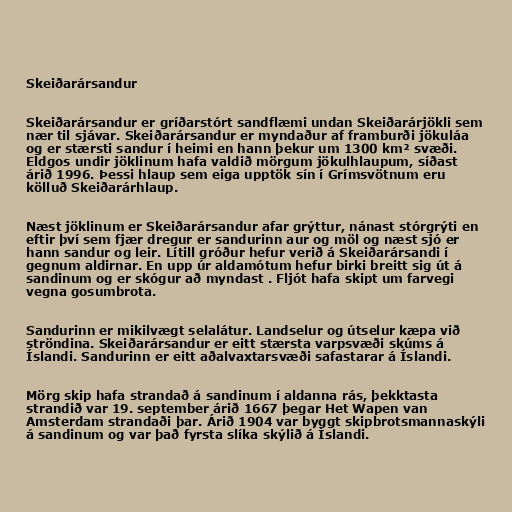
Skeiðarársandur

Skeiðarársandur er gríðarstórt sandflæmi undan Skeiðarárjökli sem
nær til sjávar. Skeiðarársandur er myndaður af framburði jökuláa
og er stærsti sandur í heimi en hann þekur um 1300 km² svæði.
Eldgos undir jöklinum hafa valdið mörgum jökulhlaupum, síðast
árið 1996. Þessi hlaup sem eiga upptök sín í Grímsvötnum eru
kölluð Skeiðarárhlaup.

Næst jöklinum er Skeiðarársandur afar grýttur, nánast stórgrýti en
eftir því sem fjær dregur er sandurinn aur og möl og næst sjó er
hann sandur og leir. Lítill gróður hefur verið á Skeiðarársandi í
gegnum aldirnar. En upp úr aldamótum hefur birki breitt sig út á
sandinum og er skógur að myndast . Fljót hafa skipt um farvegi
vegna gosumbrota.

Sandurinn er mikilvægt selalátur. Landselur og útselur kæpa við
ströndina. Skeiðarársandur er eitt stærsta varpsvæði skúms á
Íslandi. Sandurinn er eitt aðalvaxtarsvæði safastarar á Íslandi.

Mörg skip hafa strandað á sandinum í aldanna rás, þekktasta
strandið var 19. september árið 1667 þegar Het Wapen van
Amsterdam strandaði þar. Árið 1904 var byggt skipbrotsmannaskýli
á sandinum og var það fyrsta slíka skýlið á Íslandi.